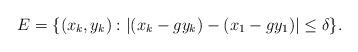
LaTeX: \begin{align*}E=\{(x_k,y_k): |(x_k-gy_k)-(x_1-gy_1)|\leq \delta\}.\end{align*}